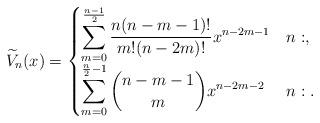
LaTeX: \begin{align*}\widetilde{V}_n(x) = \begin{cases}\displaystyle{\sum_{m=0}^{\frac{n-1}{2}} \frac{n(n-m-1)!}{m!(n-2m)!} x^{n-2m-1}} & n: ,\\\displaystyle{\sum_{m=0}^{\frac{n}{2}-1} {n-m-1 \choose m} x^{n-2m-2}} & n: .\end{cases}\end{align*}